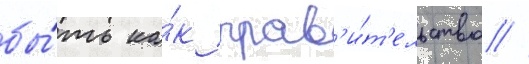
бы́ть ка́к прав'и́т'ельство //